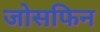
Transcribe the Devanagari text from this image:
जोसफिन